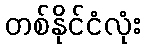
တစ်နိုင်ငံလုံး